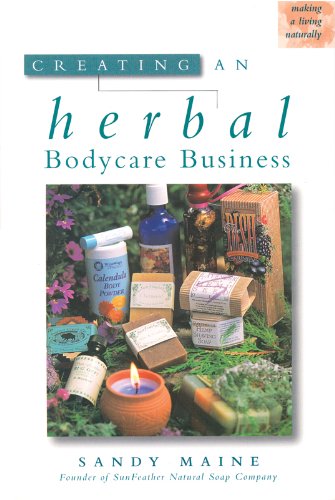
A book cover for Creating an Herbal Bodycare Business (Making a Living Naturally); Sandy Maine; Crafts, Hobbies & Home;